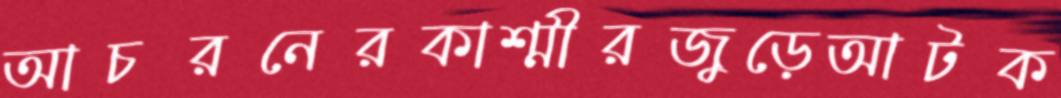
আচরনেরকাশ্মীরজুড়েআটক